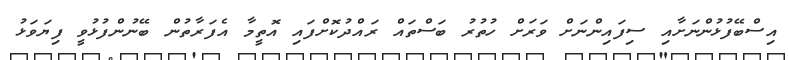
އިސްބޭފުޅުންނަށާއި ސިފައިންނަށް ވަރަށް ހުތުރު ބަސްތައް ރައްދުކޮށްފައި އޮތީމާ އެފަރާތުން ބޭނުންފުޅުވީ ފިޔަވަޅު